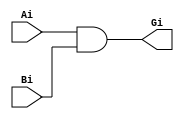
module BitwiseG(
	input Ai,
	input Bi,
	output Gi
    );

and #0.1 (Gi,Ai,Bi);

endmodule